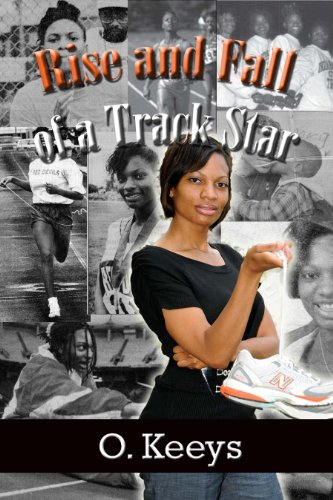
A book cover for Rise and Fall of a Track Star; O Keeys; Teen & Young Adult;